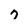
Character: 7